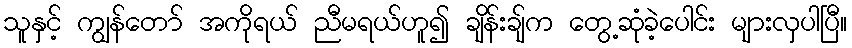
သူနှင့် ကျွန်တော် အကိုရယ် ညီမရယ်ဟူ၍ ချိန်းချ်က တွေ့ဆုံခဲ့ပေါင်း များလှပါပြီ။